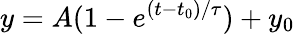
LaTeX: y=A(1-e^{(t-t_{0})/\tau})+y_{0}